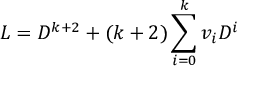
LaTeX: L = D ^ { k + 2 } + ( k + 2 ) \sum _ { i = 0 } ^ { k } v _ { i } D ^ { i }